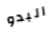
البدو